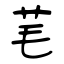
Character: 芼